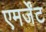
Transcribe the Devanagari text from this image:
एमर्जेंट